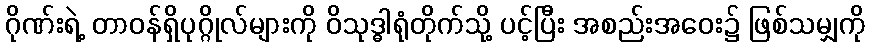
ဂိုဏ်းရဲ့ တာဝန်ရှိပုဂ္ဂိုလ်များကို ဝိသုဒ္ဓါရုံတိုက်သို့ ပင့်ပြီး အစည်းအဝေး၌ ဖြစ်သမျှကို